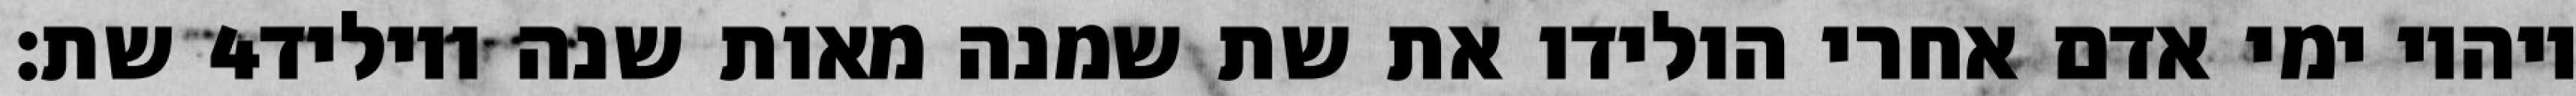
שת׃ ‎4‏ ויהיו ימי אדם אחרי הולידו את שת שמנה מאות שנה ויוליד